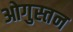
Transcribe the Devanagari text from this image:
ओगुस्तन